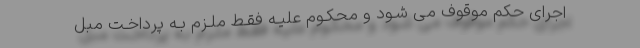
اجرای حکم موقوف می شـود و محکـوم علیـه فقـط ملـزم بـه پرداخـت مبل